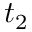
t _ { 2 }